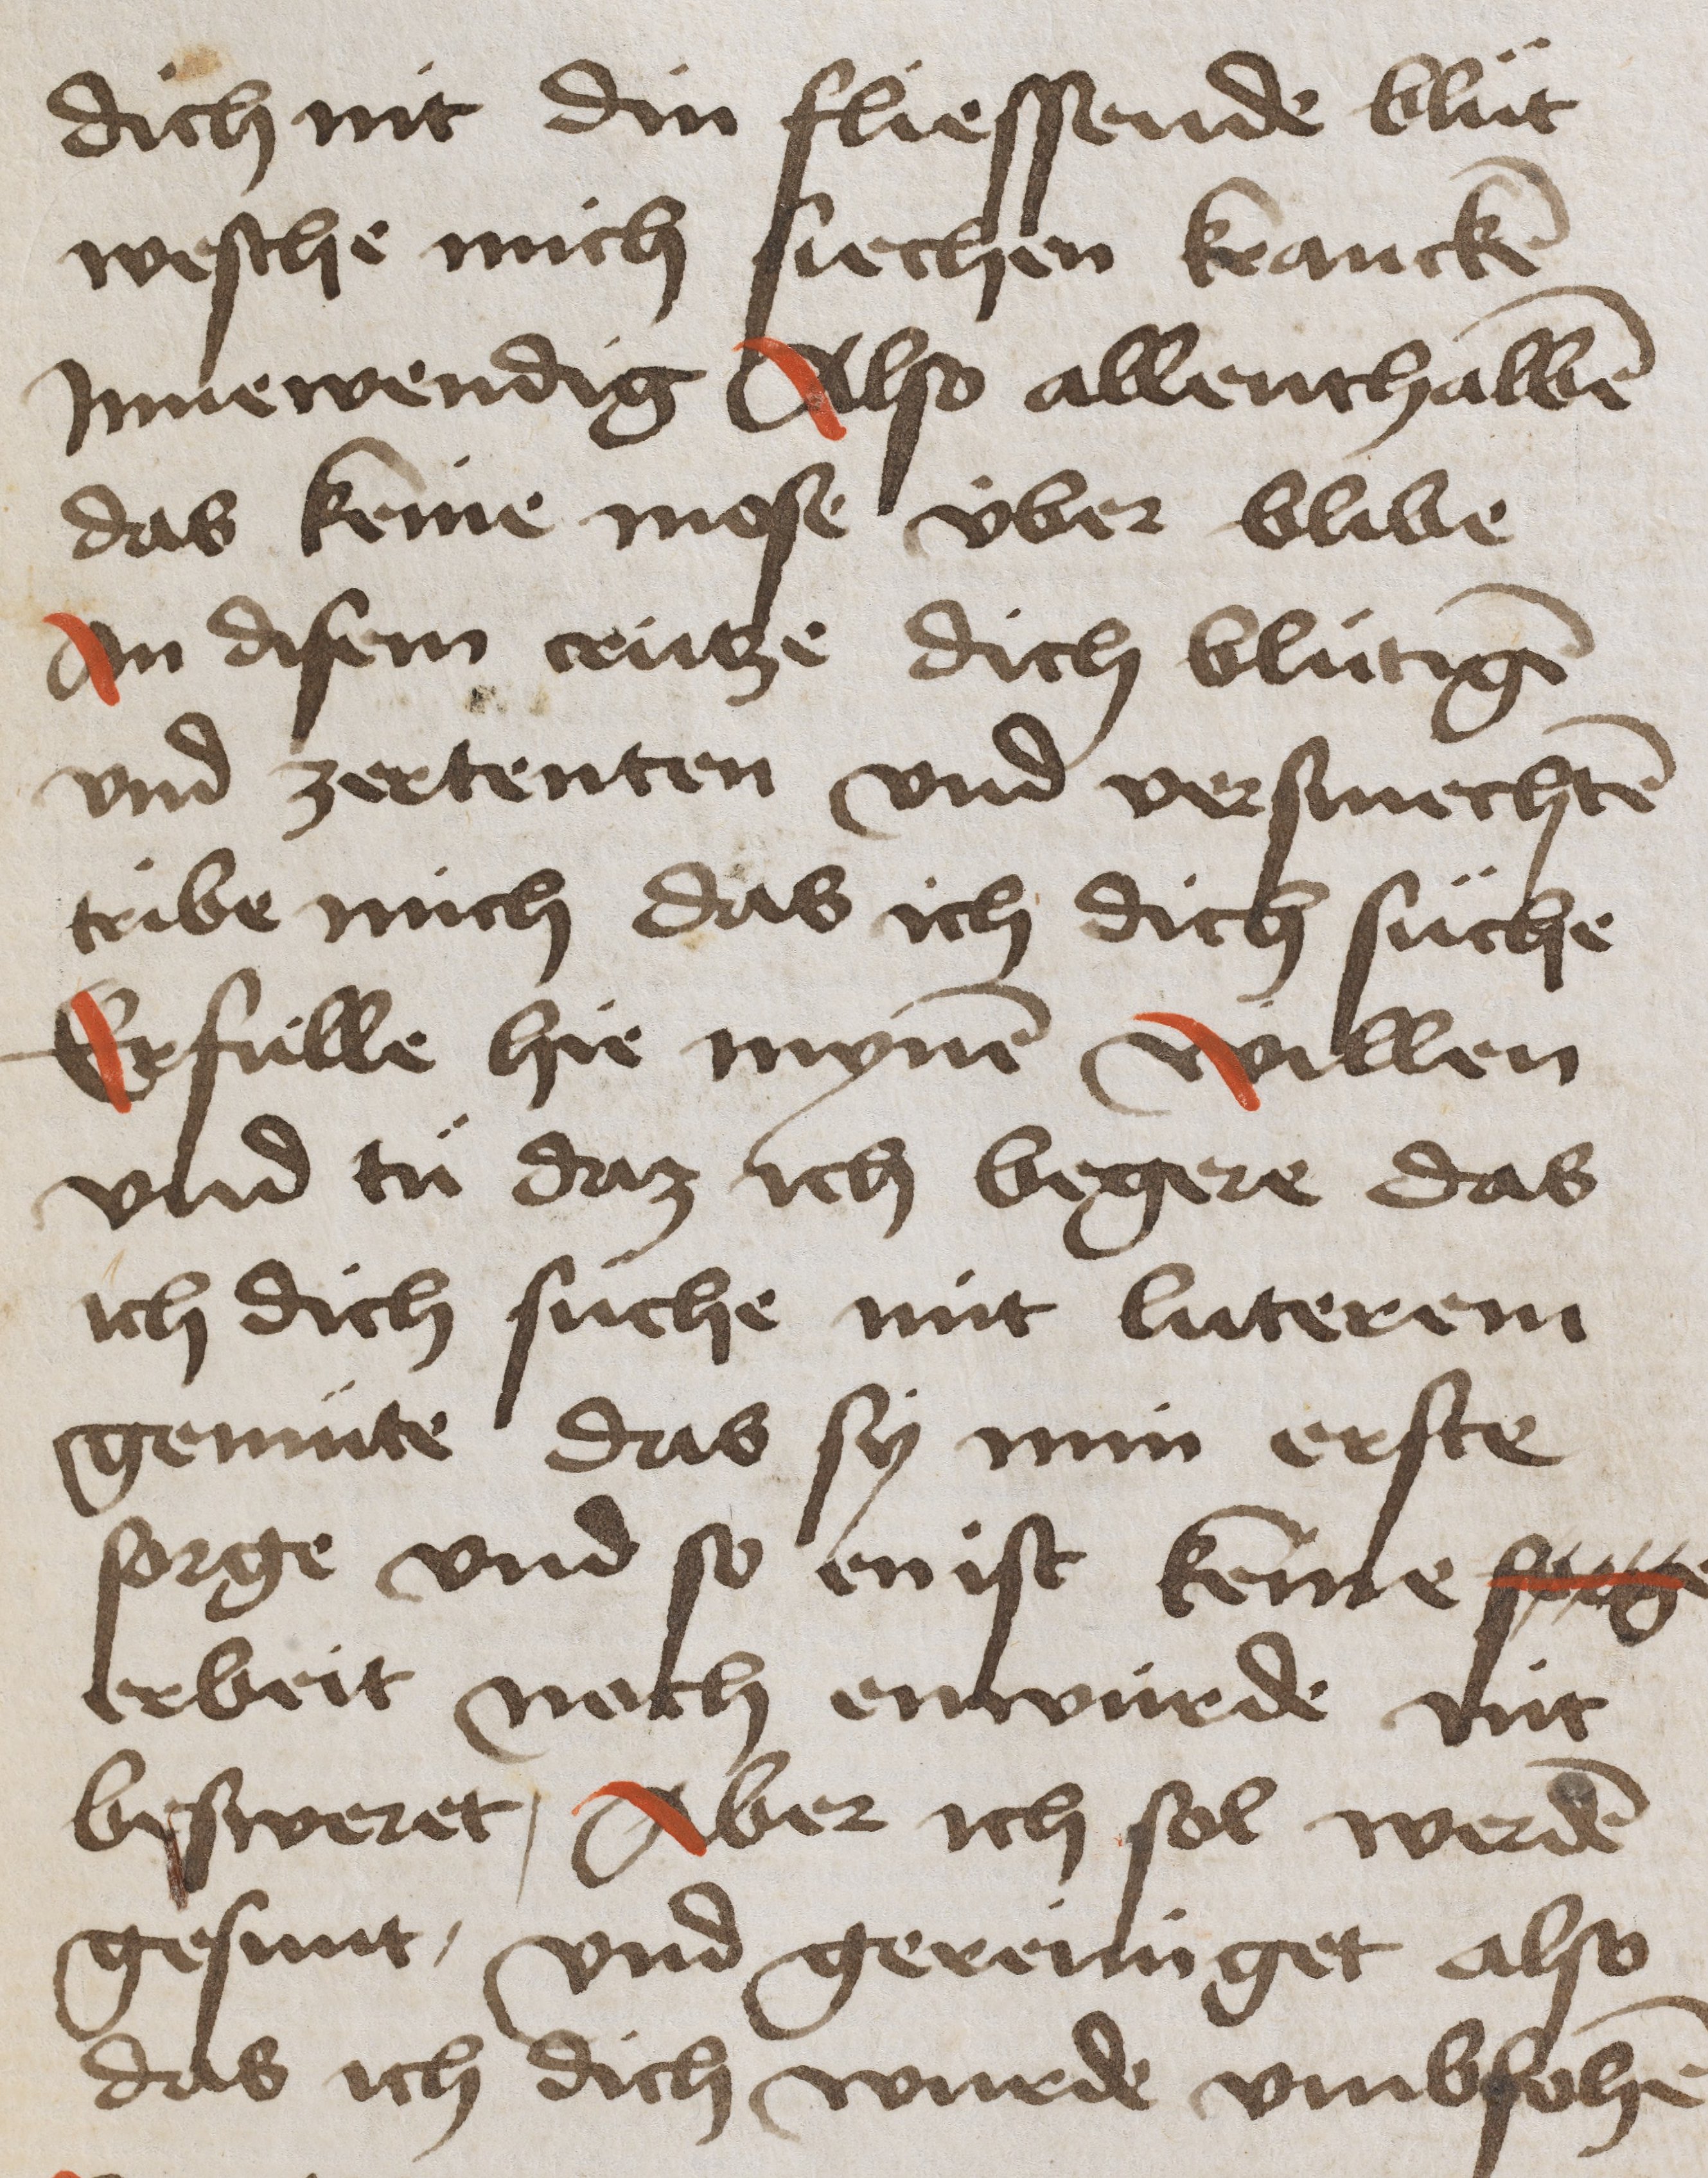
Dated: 1475–1499